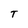
Character: T